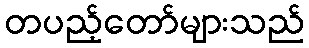
တပည့်တော်များသည်